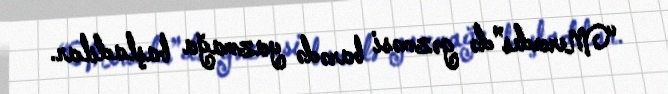
“Mercedes”də gəzməsi barədə yazmağa başladılar.